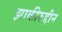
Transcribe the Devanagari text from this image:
झाकीरुद्दीन